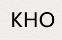
KHO